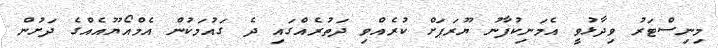
މިނިސްޓަރު ވިދާޅުވީ އެމަނިކުފާނު ޔޫރަޕަށް ކުރެއްވި ދަތުރެއްގައި ދެ ގައުމަކުން އެމްއޯޔޫއެއްގެ ދަށުން